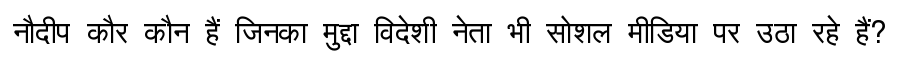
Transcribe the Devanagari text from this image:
नौदीप कौर कौन हैं जिनका मुद्दा विदेशी नेता भी सोशल मीडिया पर उठा रहे हैं?